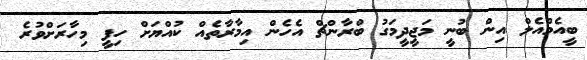
ބީއެމްއެލް އިން ބުނީ މަޖީދީމަގު ބްރާންޗް އެހެން އިމާރާތެއް ކުއްޔަށް ހިފީ މިހާރަށްވުރެ